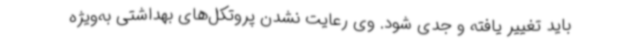
باید تغییر یافته و جدی شود. وی رعایت نشدن پروتکل‌های بهداشتی به‌ویژه